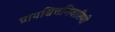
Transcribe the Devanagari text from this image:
प्रायश्चित्तनिवारिणी